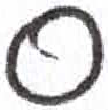
אות: ס